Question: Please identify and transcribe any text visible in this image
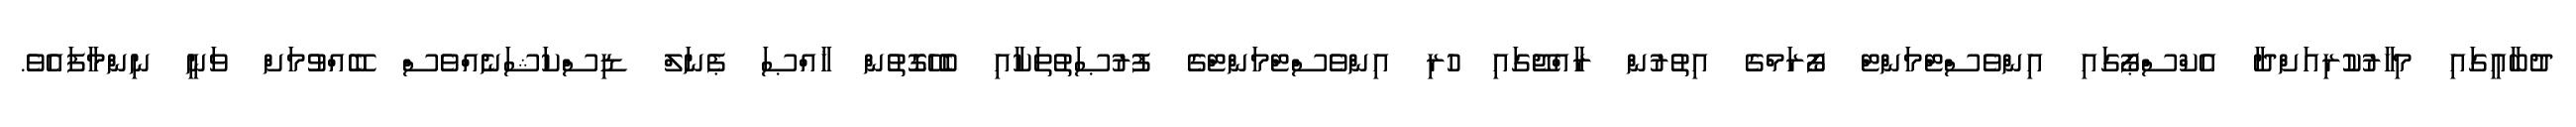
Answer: ދުބާއީގައި މިހާރުކުރިއަށްދާ އެކްސްޕޯގައި އިންވެސްޓްމަންޓް ފޯރަމްގެ އިތުރުން ރާއްޖޭގައި ހުރި އިންވެސްޓްމަންޓްގެ ފުރުޞަތުތަކާއި ބެހޭގޮތުން ޚާއްޞަ ޕެނަލް ޑިސްކަޝަނެއްވެސް ބޭއްވުމަށް ވަނީ ނިންމާފައެވެ.